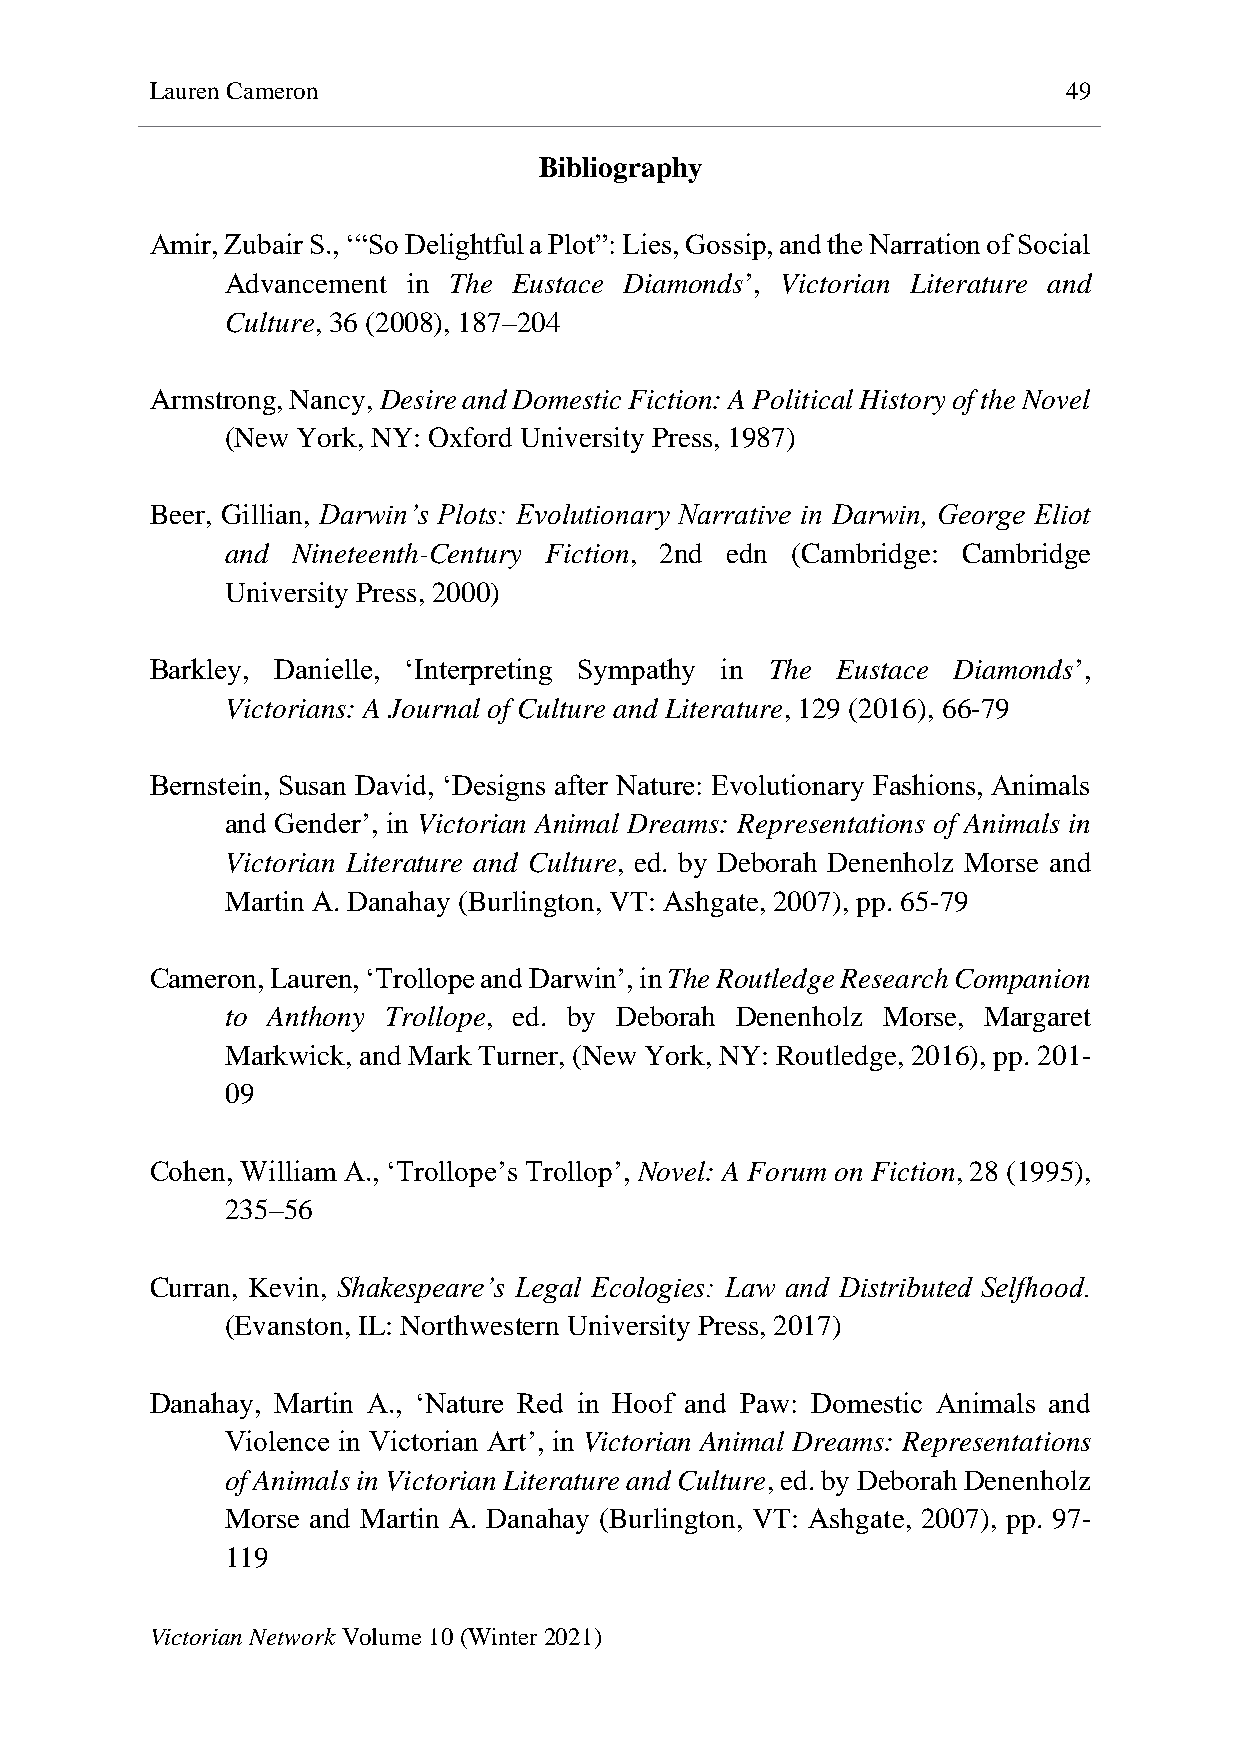
Lauren Cameron                                               49
 Bibliography
 Amir, Zubair S., ‘“So Delightful a Plot”: Lies, Gossip, and the Narration of Social
 Advancement in The Eustace Diamonds’, Victorian Literature and
 Culture, 36 (2008), 187–204
 Armstrong, Nancy, Desire and Domestic Fiction: A Political History of the Novel
 (New York, NY: Oxford University Press, 1987)
 Beer, Gillian, Darwin’s Plots: Evolutionary Narrative in Darwin, George Eliot
 and Nineteenth-Century Fiction, 2nd edn (Cambridge: Cambridge
 University Press, 2000)
 Barkley, Danielle, ‘Interpreting Sympathy in The Eustace Diamonds’,
 Victorians: A Journal of Culture and Literature, 129 (2016), 66-79
 Bernstein, Susan David, ‘Designs after Nature: Evolutionary Fashions, Animals
 and Gender’, in Victorian Animal Dreams: Representations of Animals in
 Victorian Literature and Culture, ed. by Deborah Denenholz Morse and
 Martin A. Danahay (Burlington, VT: Ashgate, 2007), pp. 65-79
 Cameron, Lauren, ‘Trollope and Darwin’, in The Routledge Research Companion
 to Anthony Trollope, ed. by Deborah Denenholz Morse, Margaret
 Markwick, and Mark Turner, (New York, NY: Routledge, 2016), pp. 201-
 09
 Cohen, William A., ‘Trollope’s Trollop’, Novel: A Forum on Fiction, 28 (1995),
 235–56
 Curran, Kevin, Shakespeare’s Legal Ecologies: Law and Distributed Selfhood.
 (Evanston, IL: Northwestern University Press, 2017)
 Danahay, Martin A., ‘Nature Red in Hoof and Paw: Domestic Animals and
 Violence in Victorian Art’, in Victorian Animal Dreams: Representations
 of Animals in Victorian Literature and Culture, ed. by Deborah Denenholz
 Morse and Martin A. Danahay (Burlington, VT: Ashgate, 2007), pp. 97-
 119
 Victorian Network Volume 10 (Winter 2021)